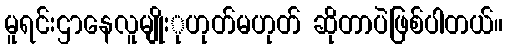
မူရင်းဌာနေလူမျိုးုဟုတ်မဟုတ် ဆိုတာပဲဖြစ်ပါတယ်။